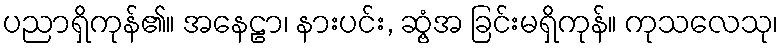
ပညာရှိကုန်၏။ အနေဠာ၊ နားပင်း, ဆွံ့အ ခြင်းမရှိကုန်။ ကုသလေသု၊